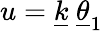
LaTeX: u=\underline{{{k}}}~\underline{{{\theta}}}_{1}